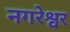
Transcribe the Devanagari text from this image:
नगरेश्वर